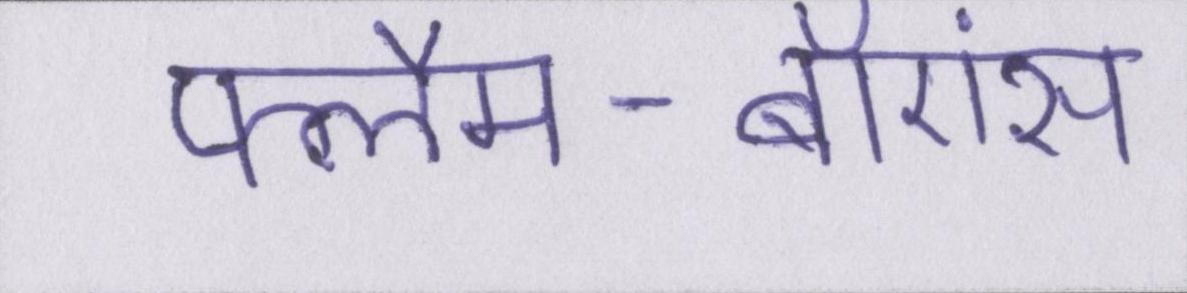
फ्लैम-बॉएंस